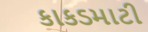
કાકડમાટી